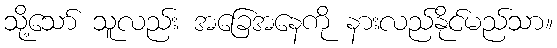
သို့သော် သူလည်း အခြေအနေကို နားလည်နိုင်မည်သာ။